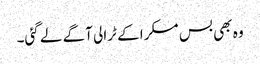
وہ بھی بس مسکرا کے ٹرالی آگے لے گئی۔